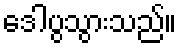
ဒေါပွသွားသည်။